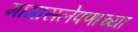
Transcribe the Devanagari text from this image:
मागासलेपणाच्या